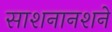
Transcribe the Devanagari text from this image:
साशनानशने